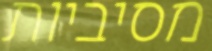
מסיביות